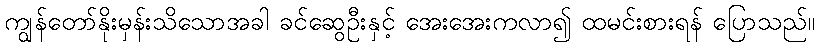
ကျွန်တော်နိုးမှန်းသိသောအခါ ခင်ဆွေဦးနှင့် အေးအေးကလာ၍ ထမင်းစားရန် ပြောသည်။